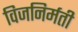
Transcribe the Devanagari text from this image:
विजनिर्मती